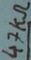
Text: 47KΩ